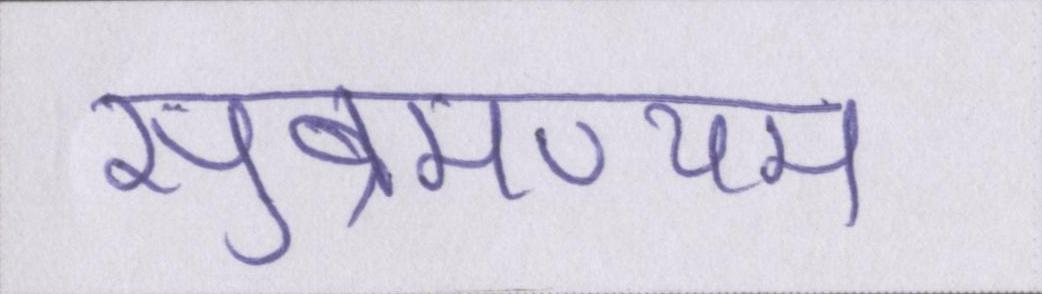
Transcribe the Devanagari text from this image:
सुब्रमण्यम